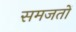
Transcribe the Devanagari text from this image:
समजतों